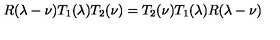
R ( \lambda - \nu ) T _ { 1 } ( \lambda ) T _ { 2 } ( \nu ) = T _ { 2 } ( \nu ) T _ { 1 } ( \lambda ) R ( \lambda - \nu )